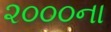
૨૦૦૦ના